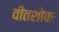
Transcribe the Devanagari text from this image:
वीतशोकः